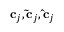
\mathbf { c } _ { j } , \mathbf { \tilde { c } } _ { j } , \mathbf { \hat { c } } _ { j }